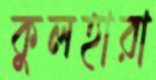
কুলহারা